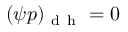
( \psi p ) _ { \mathrm { ~ d ~ h ~ } } = 0